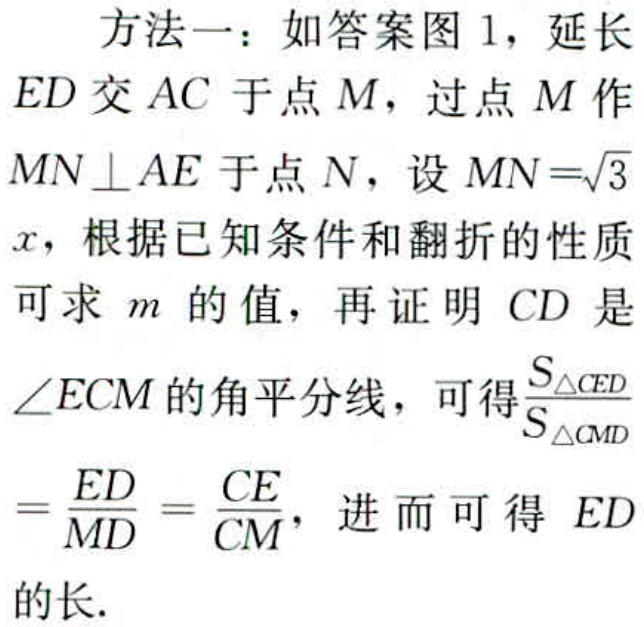
方法一：如答案图 1，延长

$ED$ 交 $AC$ 于点 $M$，过点 $M$ 作

$MN\perp AE$ 于点 $N$，设 $MN = \sqrt{3}$

$x$，根据已知条件和翻折的性质

可求 $m$ 的值，再证明 $CD$ 是

$\angle ECM$ 的角平分线，可得$\frac{S_{\triangle CED}}{S_{\triangle CMD}}$

$=\frac{ED}{MD}=\frac{CE}{CM}$，进而可得 $ED$

的长.